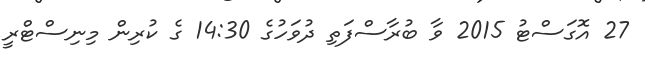
27 އޮގަސްޓު 2015 ވާ ބުރާސްފަތި ދުވަހުގެ 14:30 ގެ ކުރިން މިނިސްޓްރީ